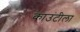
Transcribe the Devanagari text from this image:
काउंटीला